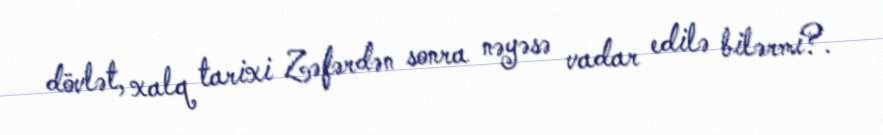
dövlət, xalq tarixi Zəfərdən sonra nəyəsə vadar edilə bilərmi?.